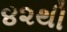
૪૨થી